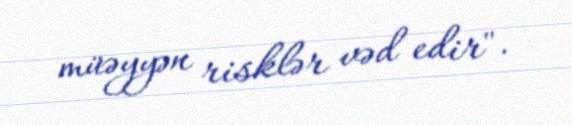
müəyyən risklər vəd edir".